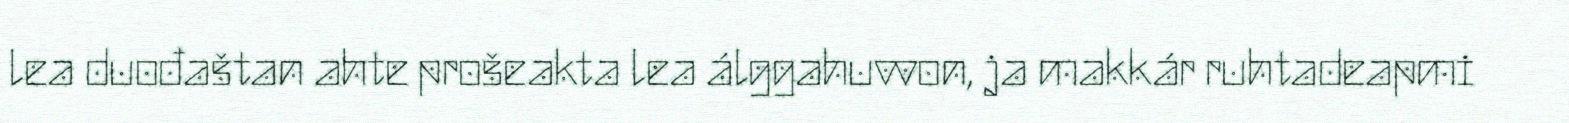
lea duođaštan ahte prošeakta lea álggahuvvon, ja makkár ruhtadeapmi